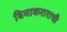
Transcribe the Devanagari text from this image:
विमाकराराची